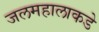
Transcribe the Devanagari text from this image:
जलमहालाकडे